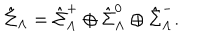
LaTeX: \hat { \Sigma } _ { { \Lambda } } = \hat { \Sigma } _ { { \Lambda } } ^ { + } \oplus \hat { \Sigma } _ { { \Lambda } } ^ { 0 } \oplus \hat { \Sigma } _ { { \Lambda } } ^ { - } .